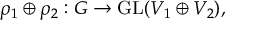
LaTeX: \rho _ { 1 } \oplus \rho _ { 2 } : G \to { \mathrm { G L } } ( V _ { 1 } \oplus V _ { 2 } ) ,